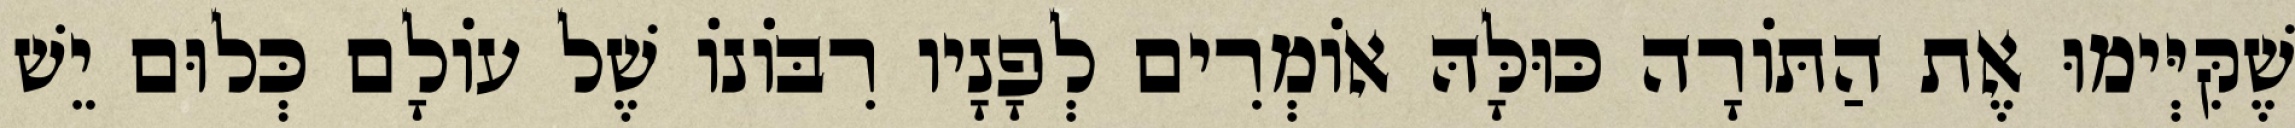
שֶׁקִּיְּימוּ אֶת הַתּוֹרָה כּוּלָּהּ אוֹמְרִים לְפָנָיו רִבּוֹנוֹ שֶׁל עוֹלָם כְּלוּם יֵשׁ